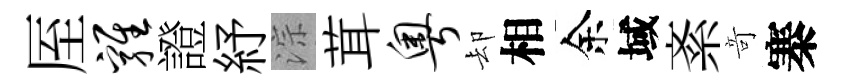
厔鸡證紓淙茸粤却相余域紊竒寨